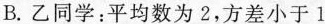
B.乙同学：平均数为2，方差小于1